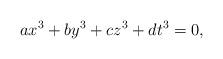
LaTeX: \begin{align*}ax^3 + by^3 + cz^3 + dt^3 = 0,\end{align*}